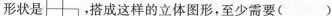
形状是 ，搭成这样的立体图形，至少需要( )